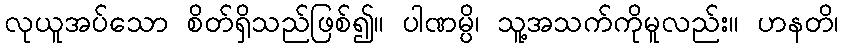
လုယူအပ်သော စိတ်ရှိသည်ဖြစ်၍။ ပါဏမ္ပိ၊ သူ့အသက်ကိုမူလည်း။ ဟနတိ၊